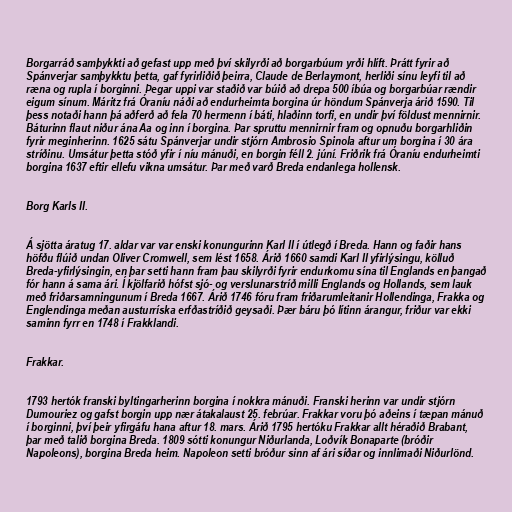
Borgarráð samþykkti að gefast upp með því skilyrði að borgarbúum yrði hlíft. Þrátt fyrir að
Spánverjar samþykktu þetta, gaf fyrirliðið þeirra, Claude de Berlaymont, herliði sínu leyfi til að
ræna og rupla í borginni. Þegar uppi var staðið var búið að drepa 500 íbúa og borgarbúar rændir
eigum sínum. Máritz frá Óraníu náði að endurheimta borgina úr höndum Spánverja árið 1590. Til
þess notaði hann þá aðferð að fela 70 hermenn í báti, hlaðinn torfi, en undir því földust mennirnir.
Báturinn flaut niður ána Aa og inn í borgina. Þar spruttu mennirnir fram og opnuðu borgarhliðin
fyrir meginherinn. 1625 sátu Spánverjar undir stjórn Ambrosio Spinola aftur um borgina í 30 ára
stríðinu. Umsátur þetta stóð yfir í níu mánuði, en borgin féll 2. júní. Friðrik frá Óraníu endurheimti
borgina 1637 eftir ellefu vikna umsátur. Þar með varð Breda endanlega hollensk.

Borg Karls II.

Á sjötta áratug 17. aldar var var enski konungurinn Karl II í útlegð í Breda. Hann og faðir hans
höfðu flúið undan Oliver Cromwell, sem lést 1658. Árið 1660 samdi Karl II yfirlýsingu, kölluð
Breda-yfirlýsingin, en þar setti hann fram þau skilyrði fyrir endurkomu sína til Englands en þangað
fór hann á sama ári. Í kjölfarið hófst sjó- og verslunarstríð milli Englands og Hollands, sem lauk
með friðarsamningunum í Breda 1667. Árið 1746 fóru fram friðarumleitanir Hollendinga, Frakka og
Englendinga meðan austurríska erfðastríðið geysaði. Þær báru þó lítinn árangur, friður var ekki
saminn fyrr en 1748 í Frakklandi.

Frakkar.

1793 hertók franski byltingarherinn borgina í nokkra mánuði. Franski herinn var undir stjórn
Dumouriez og gafst borgin upp nær átakalaust 25. febrúar. Frakkar voru þó aðeins í tæpan mánuð
í borginni, því þeir yfirgáfu hana aftur 18. mars. Árið 1795 hertóku Frakkar allt héraðið Brabant,
þar með talið borgina Breda. 1809 sótti konungur Niðurlanda, Loðvík Bonaparte (bróðir
Napoleons), borgina Breda heim. Napoleon setti bróður sinn af ári síðar og innlimaði Niðurlönd.